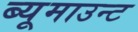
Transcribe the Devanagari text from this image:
ब्यूमाउन्ट